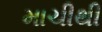
માચીથી